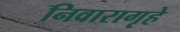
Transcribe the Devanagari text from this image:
निवारागृहे